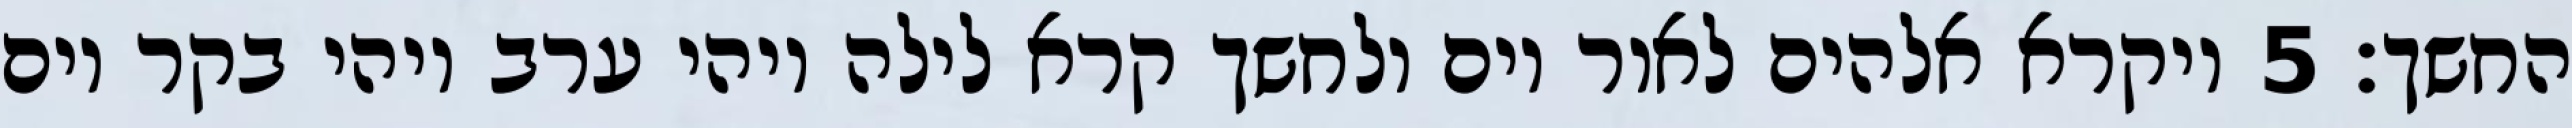
החשך׃ ‎5‏ ויקרא אלהים לאור יום ולחשך קרא לילה ויהי ערב ויהי בקר יום